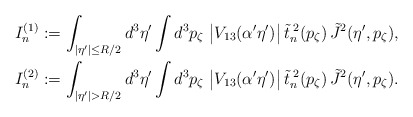
\begin{align*}I_n^{(1)} := \int_{|\eta'| \leq R/2} d^3 \eta' \int d^3 p_\zeta \; \bigl| V_{13}(\alpha' \eta')\bigr| \,{\tilde t}^{\; 2}_n (p_\zeta) \, {\tilde J}^2 (\eta', p_\zeta) , \\I_n^{(2)} := \int_{|\eta'|>R/2} d^3 \eta' \int d^3 p_\zeta \; \bigl| V_{13}(\alpha' \eta')\bigr| \,{\tilde t}^{\; 2}_n (p_\zeta) \, {\tilde J}^2 (\eta', p_\zeta) . \end{align*}